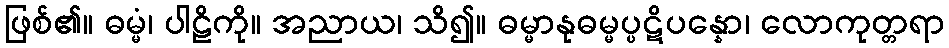
ဖြစ်၏။ ဓမ္မံ၊ ပါဠိကို။ အညာယ၊ သိ၍။ ဓမ္မာနုဓမ္မပ္ပဋိပန္နော၊ လောကုတ္တရာ